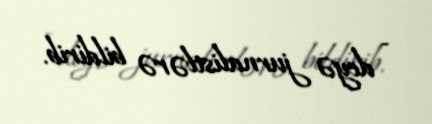
- deyə jurnalistlərə bildirib.